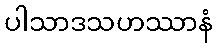
ပါသာဒသဟဿာနံ